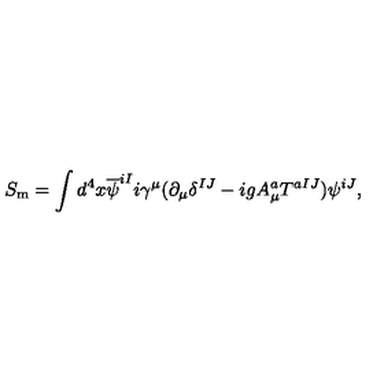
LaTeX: S _ { \mathrm { m } } = \int d ^ { 4 } x \overline { { \psi } } ^ { i I } i \gamma ^ { \mu } ( \partial _ { \mu } \delta ^ { I J } - i g A _ { \mu } ^ { a } T ^ { a I J } ) \psi ^ { i J } ,